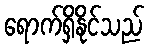
ရောက်ရှိနိုင်သည်